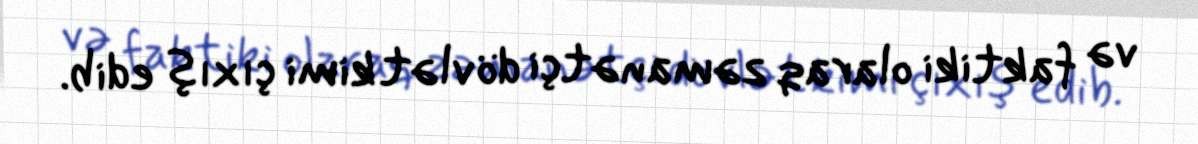
və faktiki olaraq zəmanətçi dövlət kimi çıxış edib.